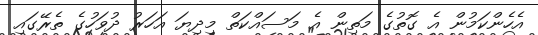
އެހެންކަމުން އެ ގޮތުގެ މަތިން އެ މަސައްކަތް މިދިޔަ އަހަރު ދުވަހުގެ ތެރޭގައި